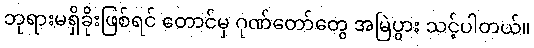
ဘုရားမရှိခိုးဖြစ်ရင် တောင်မှ ဂုဏ်တော်တွေ အမြဲပွား သင့်ပါတယ်။